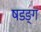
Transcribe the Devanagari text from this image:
षडङ्ग